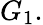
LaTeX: G_{1}.